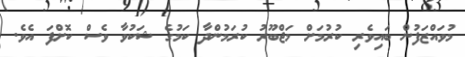
މުވައްޒަފުން ބައިވެރި ކުރުމަށް މަޖްބޫރު ކުރަމުންދާ ކަމުގެ ޝަކުވާ ވެސް ކޮށްފަ އެވެ.